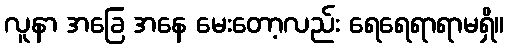
လူနာ အခြေ အနေ မေးတော့လည်း ရေရေရာရာမရှိ။